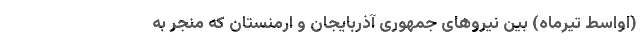
(اواسط تیرماه) بین نیروهای جمهوری آذربایجان و ارمنستان که منجر به